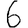
Digit: 6